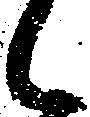
候